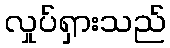
လှုပ်ရှားသည်